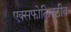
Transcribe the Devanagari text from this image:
एक्सफोलिएटीव